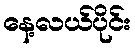
နေ့လယ်ပိုင်း